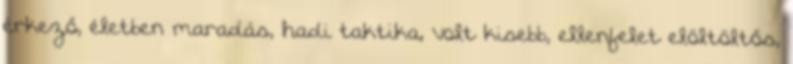
érkező, életben maradás, hadi taktika, volt kisebb, ellenfelet elöltöltős,